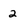
Character: 2